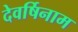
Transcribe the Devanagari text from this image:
देवर्षिनाम